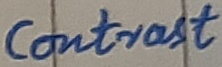
Text: Contrast